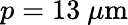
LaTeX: p=13~\mu\mathrm{m}